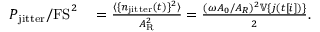
\begin{array} { r l } { P _ { \mathrm { j i t t e r } } / \mathrm { F S } ^ { 2 } } & { { } = \frac { \langle \{ n _ { \mathrm { j i t t e r } } ( t ) \} ^ { 2 } \rangle } { A _ { \mathrm { R } } ^ { 2 } } = \frac { ( \omega A _ { 0 } / A _ { R } ) ^ { 2 } \mathbb { V } \{ j ( t [ i ] ) \} } { 2 } . } \end{array}